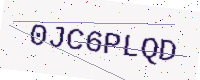
Text: 0JC6PLQD